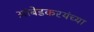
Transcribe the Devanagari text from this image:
आंबेडकरयंच्या